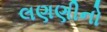
લણણીનો